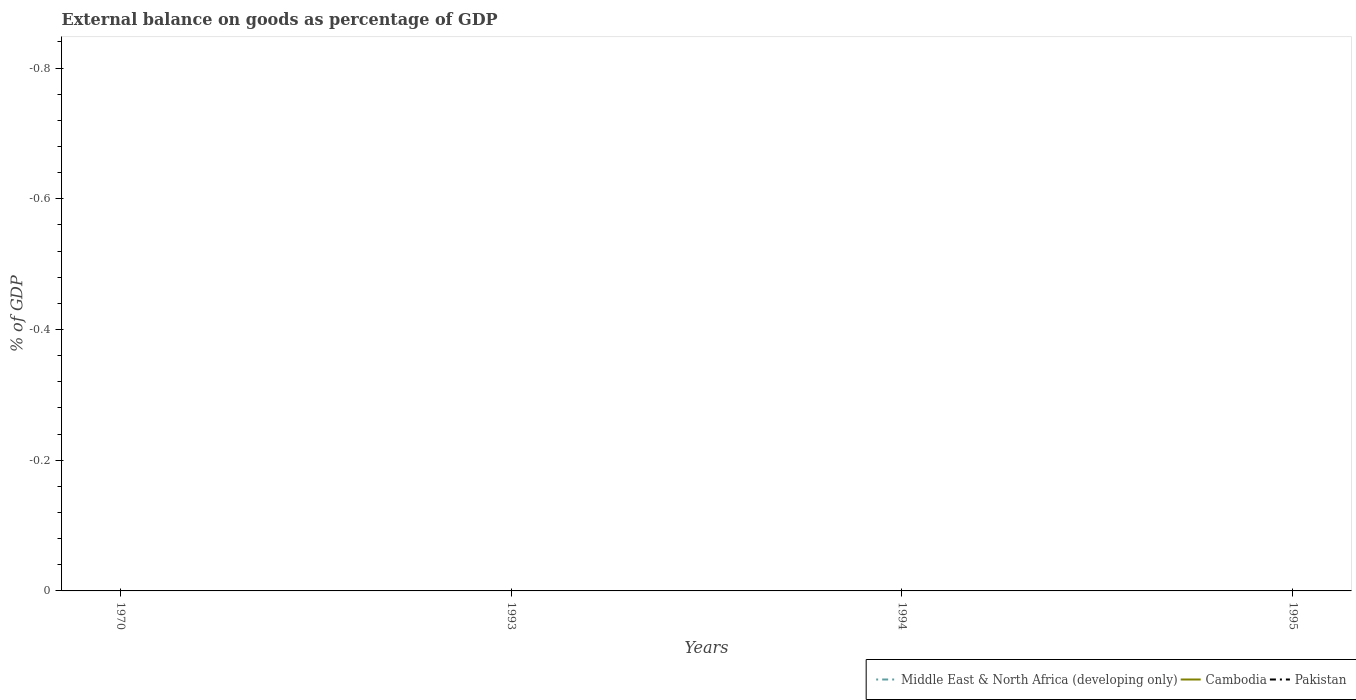
| Years | Middle East & North Africa (developing only) | Cambodia | Pakistan |
 | --- | --- | --- | --- |
 | 1970 | -3 | -2.01 | -6.9 |
 | 1993 | -4.93 | -16.6 | -6.13 |
 | 1994 | -1.6 | -12.9 | -2.76 |
 | 1995 | -2.89 | -15.4 | -2.71 |